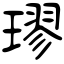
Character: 璆